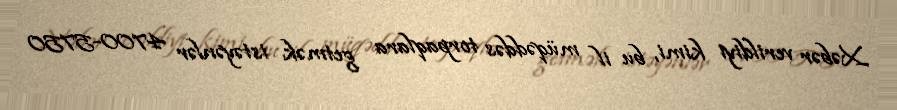
Xəbər verildiyi kimi, bu il müqəddəs torpaqlara getmək istəyənlər 4700-5750